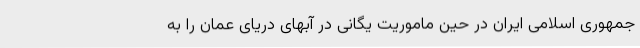
جمهوری اسلامی ایران در حین ماموریت یگانی در آبهای دریای عمان را به